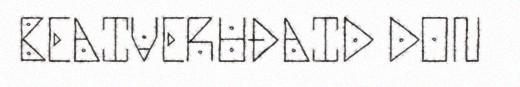
BEAIVERUĐAID DON